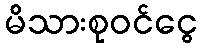
မိသားစုဝင်ငွေ